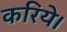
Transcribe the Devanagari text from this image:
करिये।